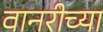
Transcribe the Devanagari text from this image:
वानरीच्या